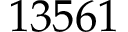
1 3 5 6 1